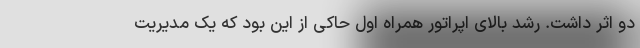
دو اثر داشت. رشد بالای اپراتور همراه اول حاکی از این بود که یک مدیریت